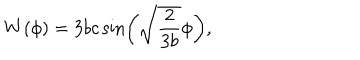
LaTeX: W ( \phi ) = 3 b c \sin \left( \sqrt { \frac { 2 } { 3 b } } \phi \right) ,